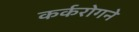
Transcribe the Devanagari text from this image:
कर्करोगने